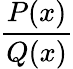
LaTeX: \frac{P(x)}{Q(x)}